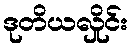
ဒုတိယလှိုင်း